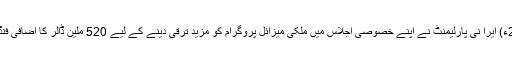
13 اگست2017ء) ایرا نی پارلیمنٹ نے اپنے خصوصی اجلاس میں ملکی میزائل پروگرام کو مزید ترقی دینے کے لیے 520 ملین ڈالر کا اضافی فنڈ مختص کر دیا ۔